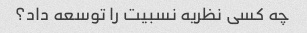
چه کسی نظریه نسبیت را توسعه داد؟